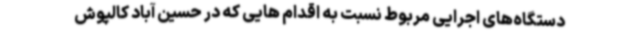
دستگاه‌های اجرایی مربوط نسبت به اقدام هایی که در حسین آباد کالپوش